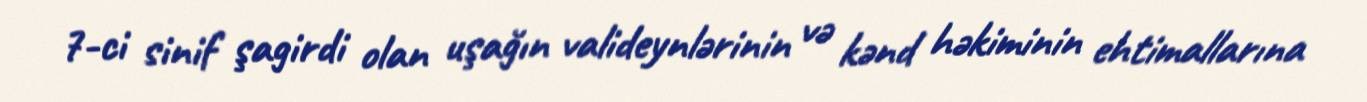
7-ci sinif şagirdi olan uşağın valideynlərinin və kənd həkiminin ehtimallarına